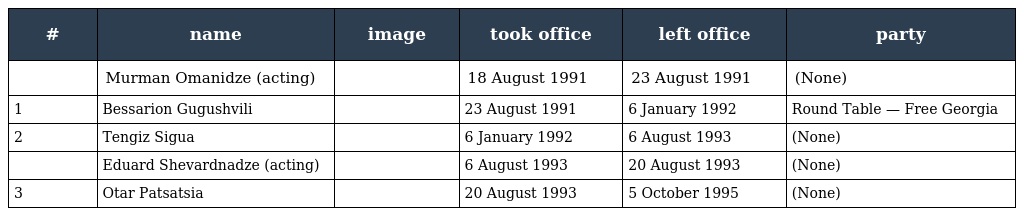
| # | name | image | took office | left office | party |
 | --- | --- | --- | --- | --- | --- |
 |  | Murman Omanidze (acting) |  | 18 August 1991 | 23 August 1991 | (None) |
 | 1 | Bessarion Gugushvili |  | 23 August 1991 | 6 January 1992 | Round Table — Free Georgia |
 | 2 | Tengiz Sigua |  | 6 January 1992 | 6 August 1993 | (None) |
 |  | Eduard Shevardnadze (acting) |  | 6 August 1993 | 20 August 1993 | (None) |
 | 3 | Otar Patsatsia |  | 20 August 1993 | 5 October 1995 | (None) |